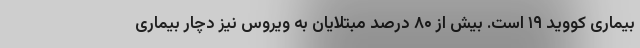
بیماری کووید ۱۹ است. بیش از ۸۰ درصد مبتلایان به ویروس نیز دچار بیماری